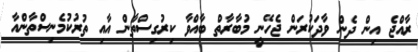
ރާއްޖެ އިން ދެން ވާދަކުރަން ޖެހޭނީ މުބާރާތް ބާއްވާ ކިރުގިސްތާން އާއި ތުރުކުމެނިސްތާންއާ